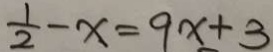
\frac { 1 } { 2 } - x = 9 x + 3